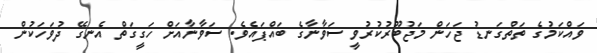
ވައްކަމުގެ ތަތްގަނޑު ޖަހަން މަޖުބޫރުކުރުވީ ސަވާނާގެ ބައްޕައެވެ. ސަވާނާއަށް ހަގީގަތް އެނގޭ ދުވަހަކުން